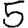
Digit: 5